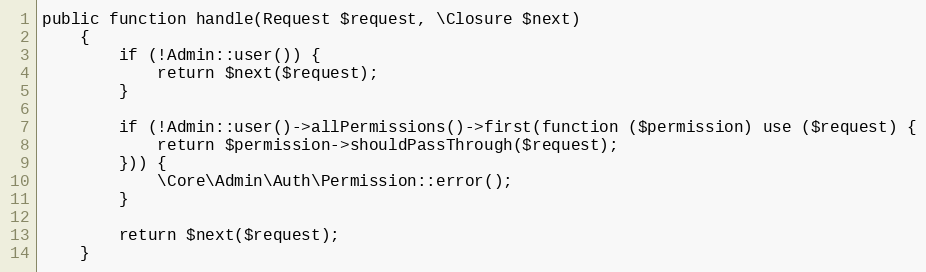
Language: PHP
public function handle(Request $request, \Closure $next)
    {
        if (!Admin::user()) {
            return $next($request);
        }

        if (!Admin::user()->allPermissions()->first(function ($permission) use ($request) {
            return $permission->shouldPassThrough($request);
        })) {
            \Core\Admin\Auth\Permission::error();
        }

        return $next($request);
    }